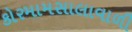
કોરમામસાલાવાળી